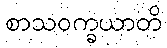
စာသဝက္ခယာတိ